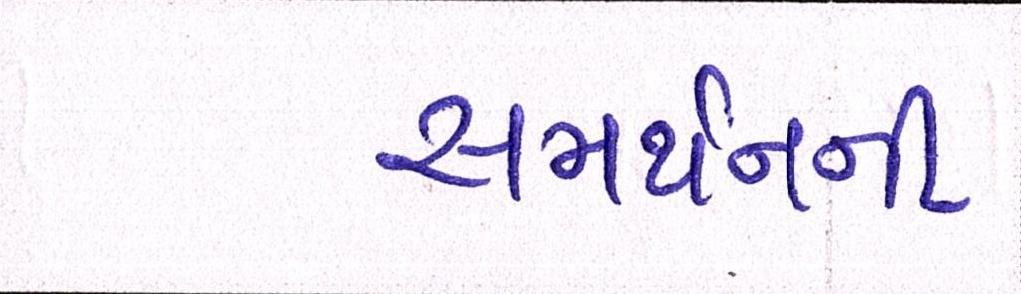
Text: સમર્થનની